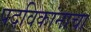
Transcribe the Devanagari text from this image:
पदविकांनाचा